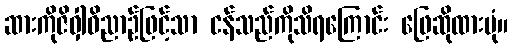
ဆားကိုဇိဝှါဝိညာဉ်ဖြင့်သာ ငန်သည်ကိုသိရကြောင်း ဖြေဆိုထားပုံ။